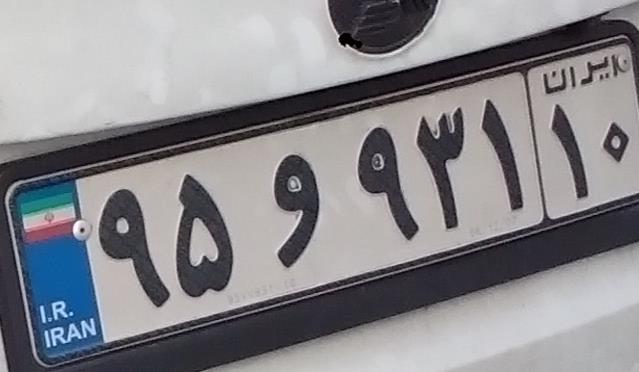
۹۵و۹۳۱۱۰